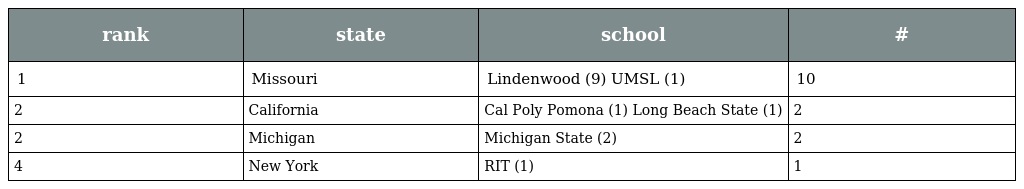
| rank | state | school | # |
 | --- | --- | --- | --- |
 | 1 | Missouri | Lindenwood (9) UMSL (1) | 10 |
 | 2 | California | Cal Poly Pomona (1) Long Beach State (1) | 2 |
 | 2 | Michigan | Michigan State (2) | 2 |
 | 4 | New York | RIT (1) | 1 |